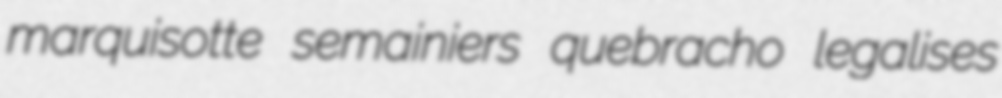
marquisotte semainiers quebracho legalises